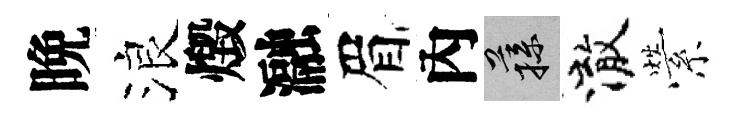
晩浪燬瀜眉內蓀澈縈